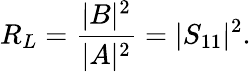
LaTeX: R_{L}={\frac{|B|^{2}}{|A|^{2}}}=|S_{11}|^{2}.